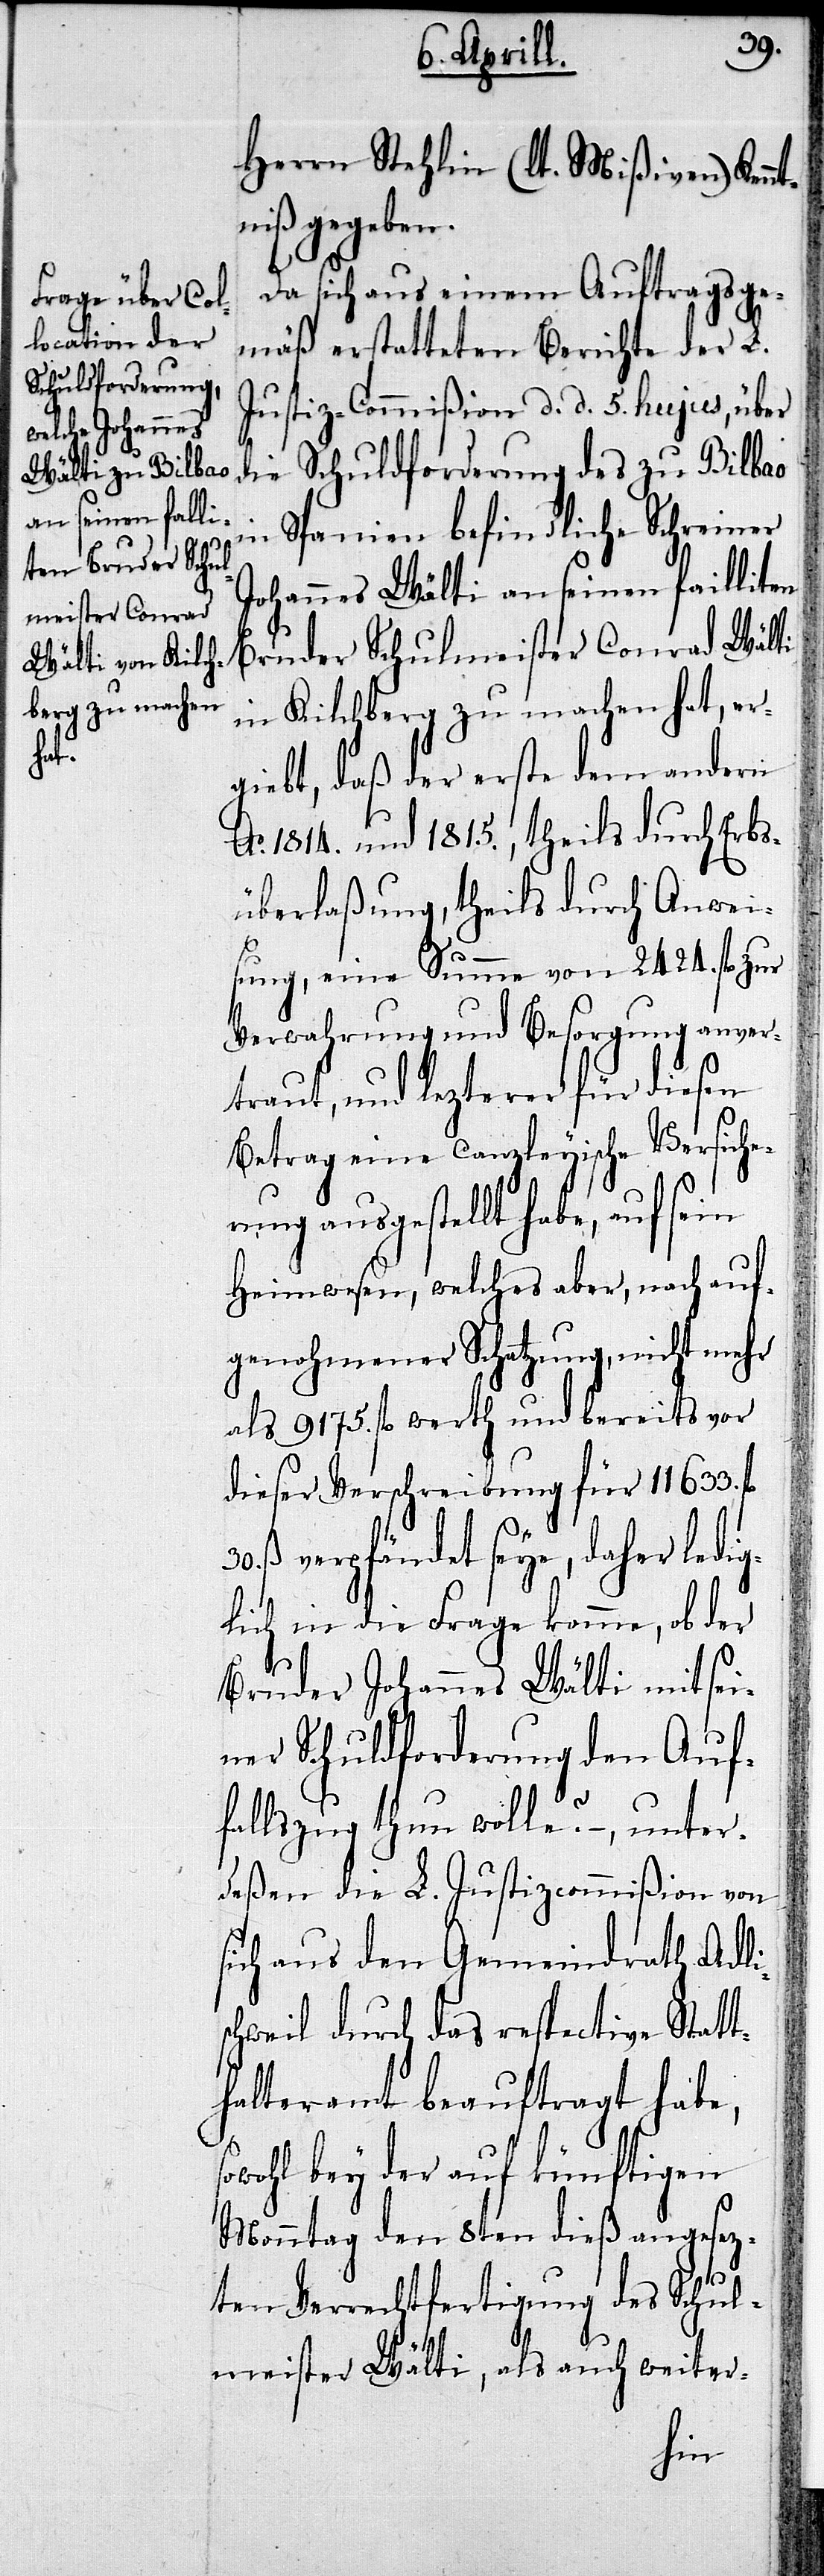
so¬

Herrn Stehlin (lt. Mißiven) Kenn¬
tniß gegeben.
Da sich aus einem Auftragsge¬
mäß erstatteten Berichte der L.
Justiz-Commißion d. d. 5. hujus, über
die Schuldforderung des zu Bilbao
in Spanien befindliche Schreiner
Johannes Wälti an seinen failliten
Bruder Schulmeister Conrad Wälti
in Kilchberg zu machen hat, er¬
giebt, daß der erste dem andern
Ao. 1814. und 1815., theils durch Erbs¬
überlaßung, theils durch Anwei¬
sung, eine Summer von 2424. fl. zur
Verwahrung und Besorgung anver¬
traut, und lezterer für diesen
Betrag eine canzleyische Versiche¬
rung ausgestellt habe, auf sein
Heimwesen, welches aber, nach auf¬
genohmener Schatzung, nicht mehr
als 9175. fl. werth und bereits vor
dieser Verschreibung für 11633.
ß. verpfändet seye, daher ledig¬
lich in die Frage komme, ob der
Bruder Johannes Wälti mit sei¬
ner Schuldforderung den Auf¬
fallszug thun wolle?–, unter¬
deßen die L.Justizcommißion von
sich aus den Gemeindrath Adli¬
schweil durch das respective Statt¬
halteramt beauftragt habe,
wohl bey der auf künftigen
Monntag den 8ten dieß angesez¬
ten Verrechtfertigung des Schul¬
meister Wälti, als auch weiter-